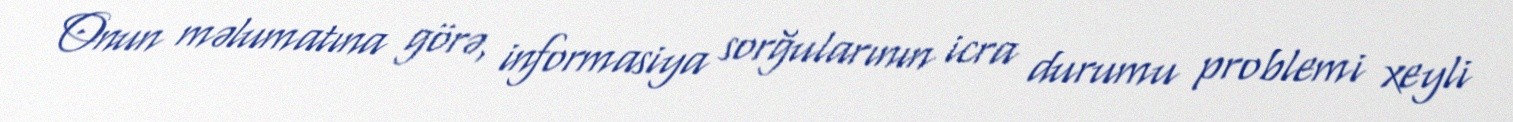
Onun məlumatına görə, informasiya sorğularının icra durumu problemi xeyli